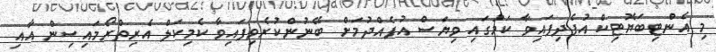
މި އެންޓިބަޔޮޓިކް އުފެދިފައިވާ ކަމުގައި ވިޔަސް އުފެއްދުމަށް ބޭނުންކުރެވިފައިވާ ކެމިކަލް އެރިތްރޯމައިސިން އާއި